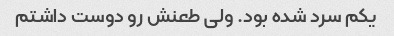
یکم سرد شده بود. ولی طعنش رو دوست داشتم